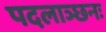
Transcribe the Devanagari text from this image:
पदलाञ्छनः